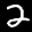
Label: 2